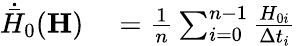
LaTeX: \begin{array}{rl}{\dot{\bar{H}}_{0}(\mathbf{H})}&{{}=\frac{1}{n}\sum_{i=0}^{n-1}\frac{H_{0i}}{\Delta t_{i}}}\end{array}